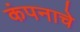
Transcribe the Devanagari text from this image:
कंपनाचे